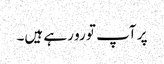
پر آپ تو رو رہے ہیں۔